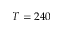
T = 2 4 0